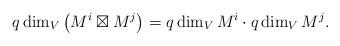
LaTeX: \begin{align*}q\dim_{V}\left(M^{i}\boxtimes M^{j}\right)=q\dim_{V}M^{i}\cdot q\dim_{V}M^{j}.\end{align*}